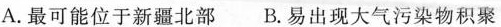
A.最可能位于新疆北部 B.易出现大气污染物积聚